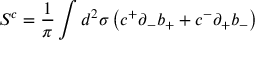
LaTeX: S ^ { c } = \frac { 1 } { \pi } \int d ^ { 2 } \sigma \left( c ^ { + } { \partial } _ { - } b _ { + } + c ^ { - } { \partial } _ { + } b _ { - } \right)